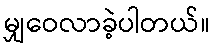
မျှဝေလာခဲ့ပါတယ်။